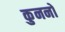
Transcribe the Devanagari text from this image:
कुननों